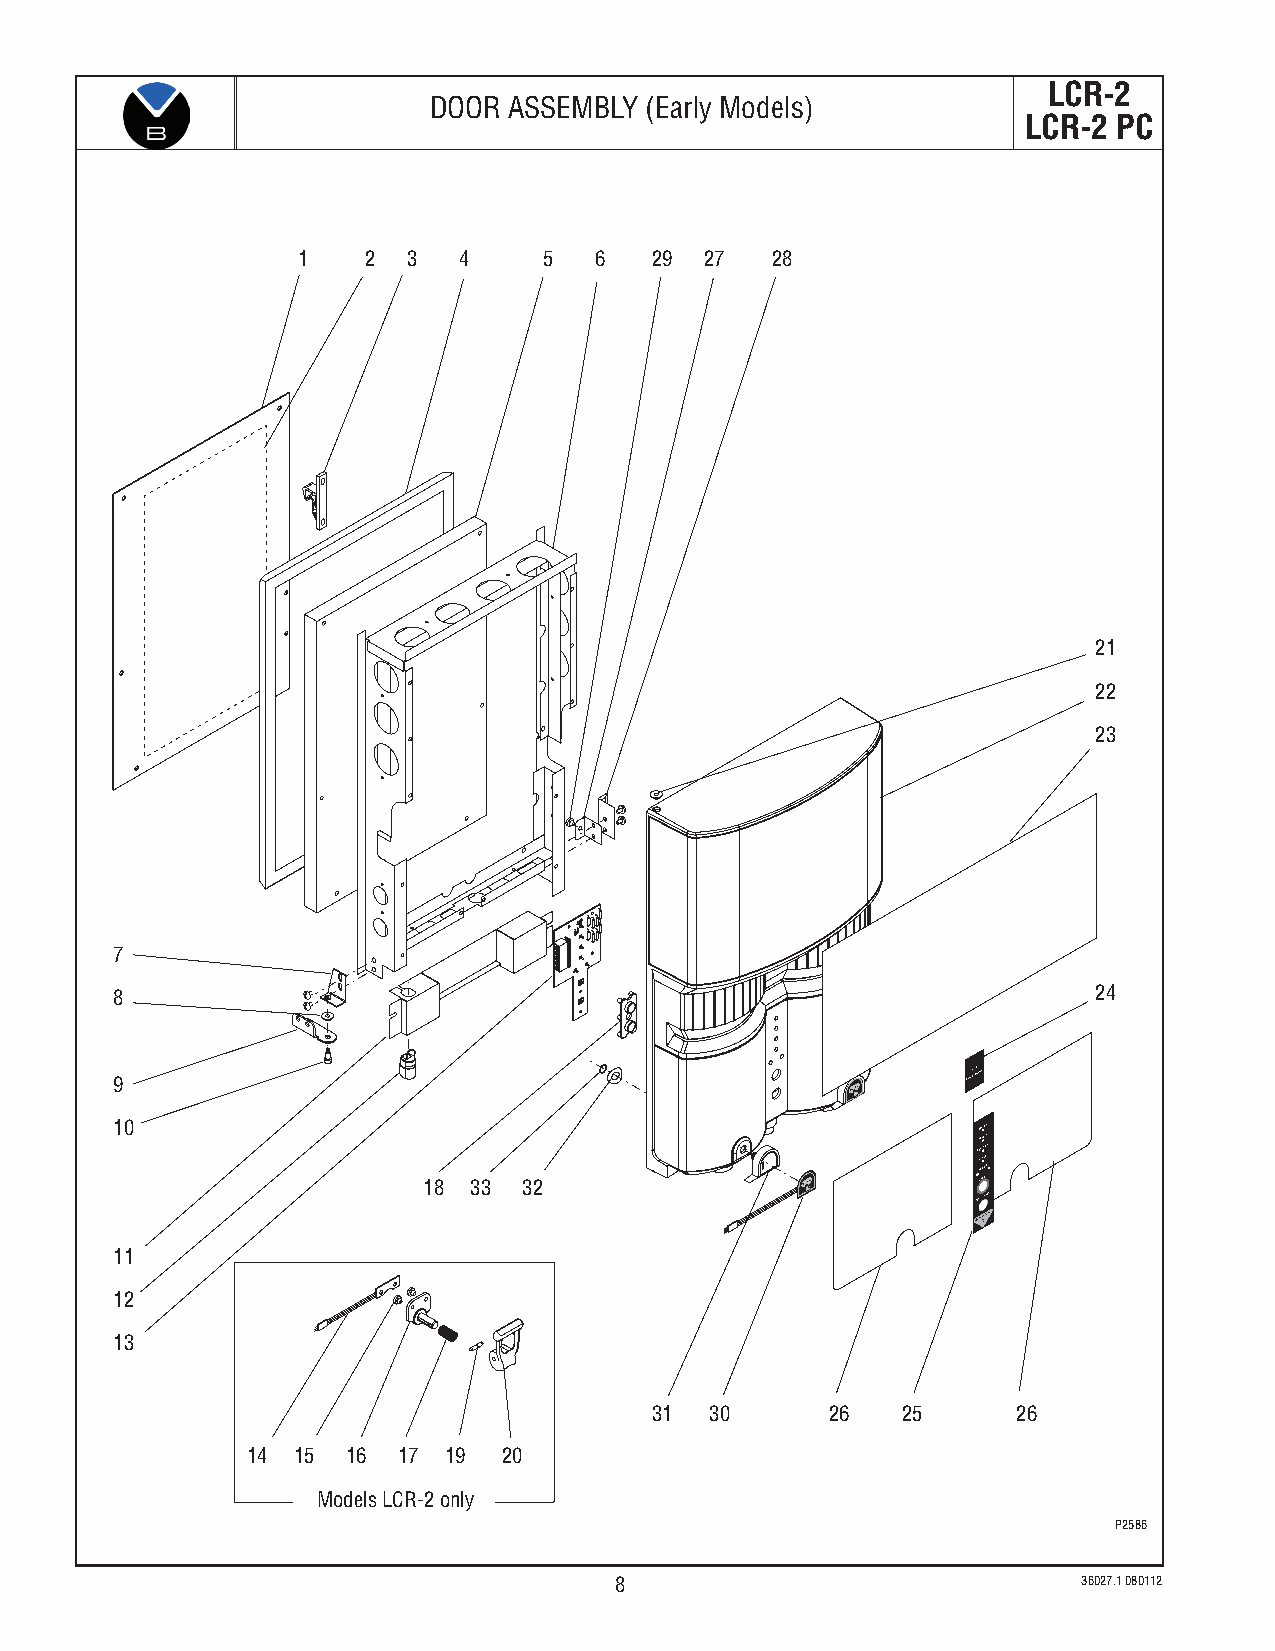
LCR-2
 DOOR  ASSEMBLY (Early Models)
 LCR-2 PC
 1   2  3  4     5  6   29  27  28
 21
 22
 23
 7
 8                                                                24
 9
 10
 18 33  32
 PP O RR
 R
 SO R EE
 I
 TW FA
 N
 OT ID PSI LE EOR Y
 L
 !N
 HOT WATER
 11
 12
 13
 31  30      26   25     26
 14 15  16 17 19  20
 Models LCR-2 only
 P2586
 8                              36027.1 080112